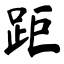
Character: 距